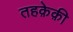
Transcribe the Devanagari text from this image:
तहक़ेक़ी